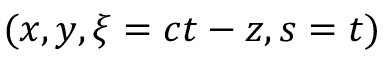
( x , y , \xi = c t - z , s = t )